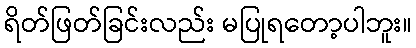
ရိတ်ဖြတ်ခြင်းလည်း မပြုရတော့ပါဘူး။